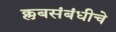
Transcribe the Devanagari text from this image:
क्लबसंबंधीचे